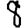
Digit: 8